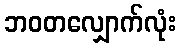
ဘဝတလျှောက်လုံး